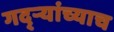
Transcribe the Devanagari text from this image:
गद्र्‍यांच्याच